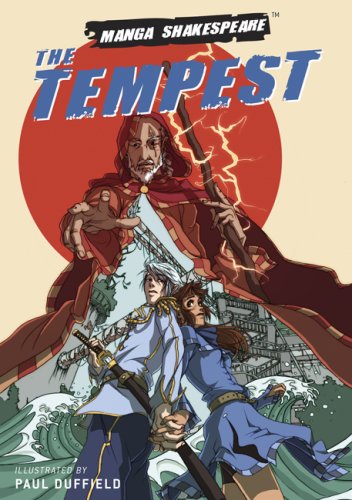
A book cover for Manga Shakespeare: The Tempest; William Shakespeare; Literature & Fiction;